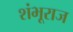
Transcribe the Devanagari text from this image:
शंभूराज